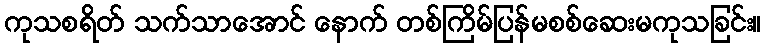
ကုသစရိတ် သက်သာအောင် နောက် တစ်ကြိမ်ပြန်မစစ်ဆေးမကုသခြင်း။